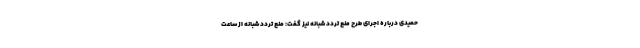
حمیدی درباره اجرای طرح منع تردد شبانه نیز گفت: منع تردد شبانه از ساعت